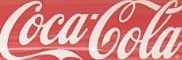
CocaCola